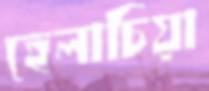
হেলাচিয়া